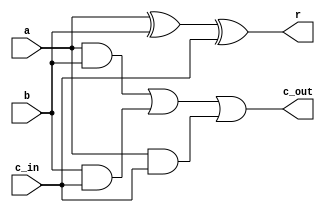
module one_bit_adder(
    input a,b,c_in, output r,c_out
);
assign r = (a ^ b ^ c_in);
assign c_out = (a&b) | (b&c_in) | (a&c_in);

endmodule

module four_bit_adder(
    input wire [3:0] a,b,
    output wire [3:0] r, output wire c_out
);
    wire [3:0] c;
    one_bit_adder adder0 (a[0],b[0],1'b0,r[0],c[0]);
    one_bit_adder adder1 (a[1],b[1],c[0],r[1],c[1]);
    one_bit_adder adder2 (a[2],b[2],c[1],r[2],c[2]);
    one_bit_adder adder3 (a[3],b[3],c[2],r[3],c[3]);
    assign c_out = c[3];
endmodule

module two_complement(input wire [3:0] a, output wire [3:0] b, output wire Carry);
    wire [3:0] com = ~a;
    four_bit_adder add (com, 4'b0001, b , Carry);
endmodule

module four_bit_subtracter(input wire[3:0] a,b, output wire[3:0] r, output wire c_out);
    wire [3:0] b2;
    wire car;
    two_complement twocomp0 (b,b2,car);
    four_bit_adder add0(a,b2,r,c_out);
endmodule

module eight_bit_subtracter(input wire[7:0] a, input wire [7:0] b, output wire [7:0] r, output wire c_out);
    wire [3:0] a1, b1, r1;
    wire c1;
    assign a1[0] = a[0];
    assign a1[1] = a[1];
    assign a1[2] = a[2];
    assign a1[3] = a[3];
    assign b1[0] = b[0];
    assign b1[1] = b[1];
    assign b1[2] = b[2];
    assign b1[3] = b[3];
    four_bit_subtracter sub0 (a1,b1,r1,c1);
    wire [3:0] a2, b2, r2;
    wire c2;
    assign a2[0] = a[4];
    assign a2[1] = a[5];
    assign a2[2] = a[6];
    assign a2[3] = a[7];
    assign b2[0] = b[4];
    assign b2[1] = b[5];
    assign b2[2] = b[6];
    assign b2[3] = b[7];
    four_bit_subtracter sub1 (a2,b2,r2,c2);
    assign r[0] = r1[0];
    assign r[1] = r1[1];
    assign r[2] = r1[2];
    assign r[3] = r1[3];
    assign r[4] = r2[0];
    assign r[5] = r2[1];
    assign r[6] = r2[2];
    assign r[7] = r2[3];
    assign c_out = c2;


endmodule